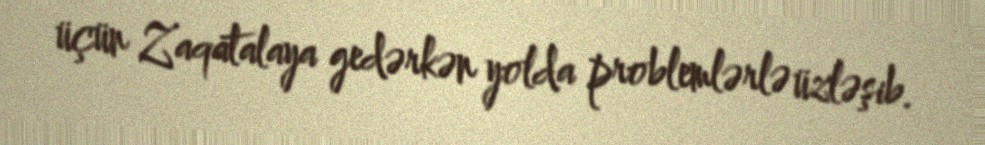
üçün Zaqatalaya gedərkən yolda problemlərlə üzləşib.